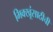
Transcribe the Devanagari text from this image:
भिक्खूंसाठीची